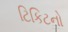
ટિકિટનો